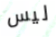
ليس